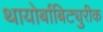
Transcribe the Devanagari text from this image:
थायोर्बाबिट्युरीक